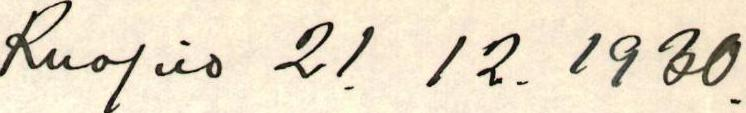
Kuopio 21. 12. 1930